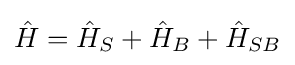
{\hat {H}}={\hat {H}}_{S}+{\hat {H}}_{B}+{\hat {H}}_{SB}